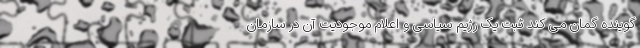
گوینده گمان می کند ثبت یک رژیم سیاسی و اعلام موجودیت آن در سازمان